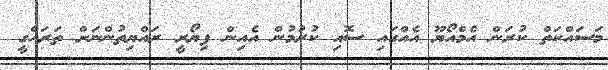
މަސައްކަތް ކުރަން އެމްއޯޔޫ އެއްގައި ސޮއި ކުރުމުން އެއިން ފިޔޯރީ ރައްޔިތުންނަށް ތަރައްގީ